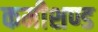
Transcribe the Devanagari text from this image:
कमीशण्ड